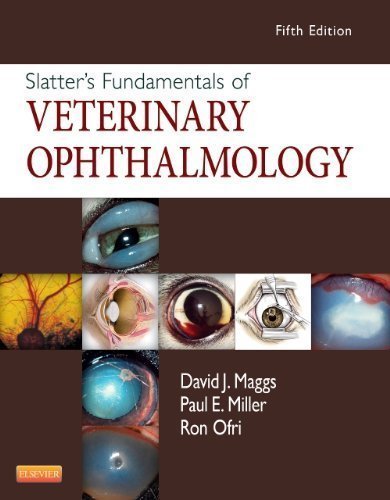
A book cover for Slatter's Fundamentals of Veterinary Ophthalmology, 5e 5th (fifth) Edition by Maggs BVSc(Hons) DAVCO, David, Miller DVM DACVO, Paul, Ofr published by Saunders (2012); Medical Books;